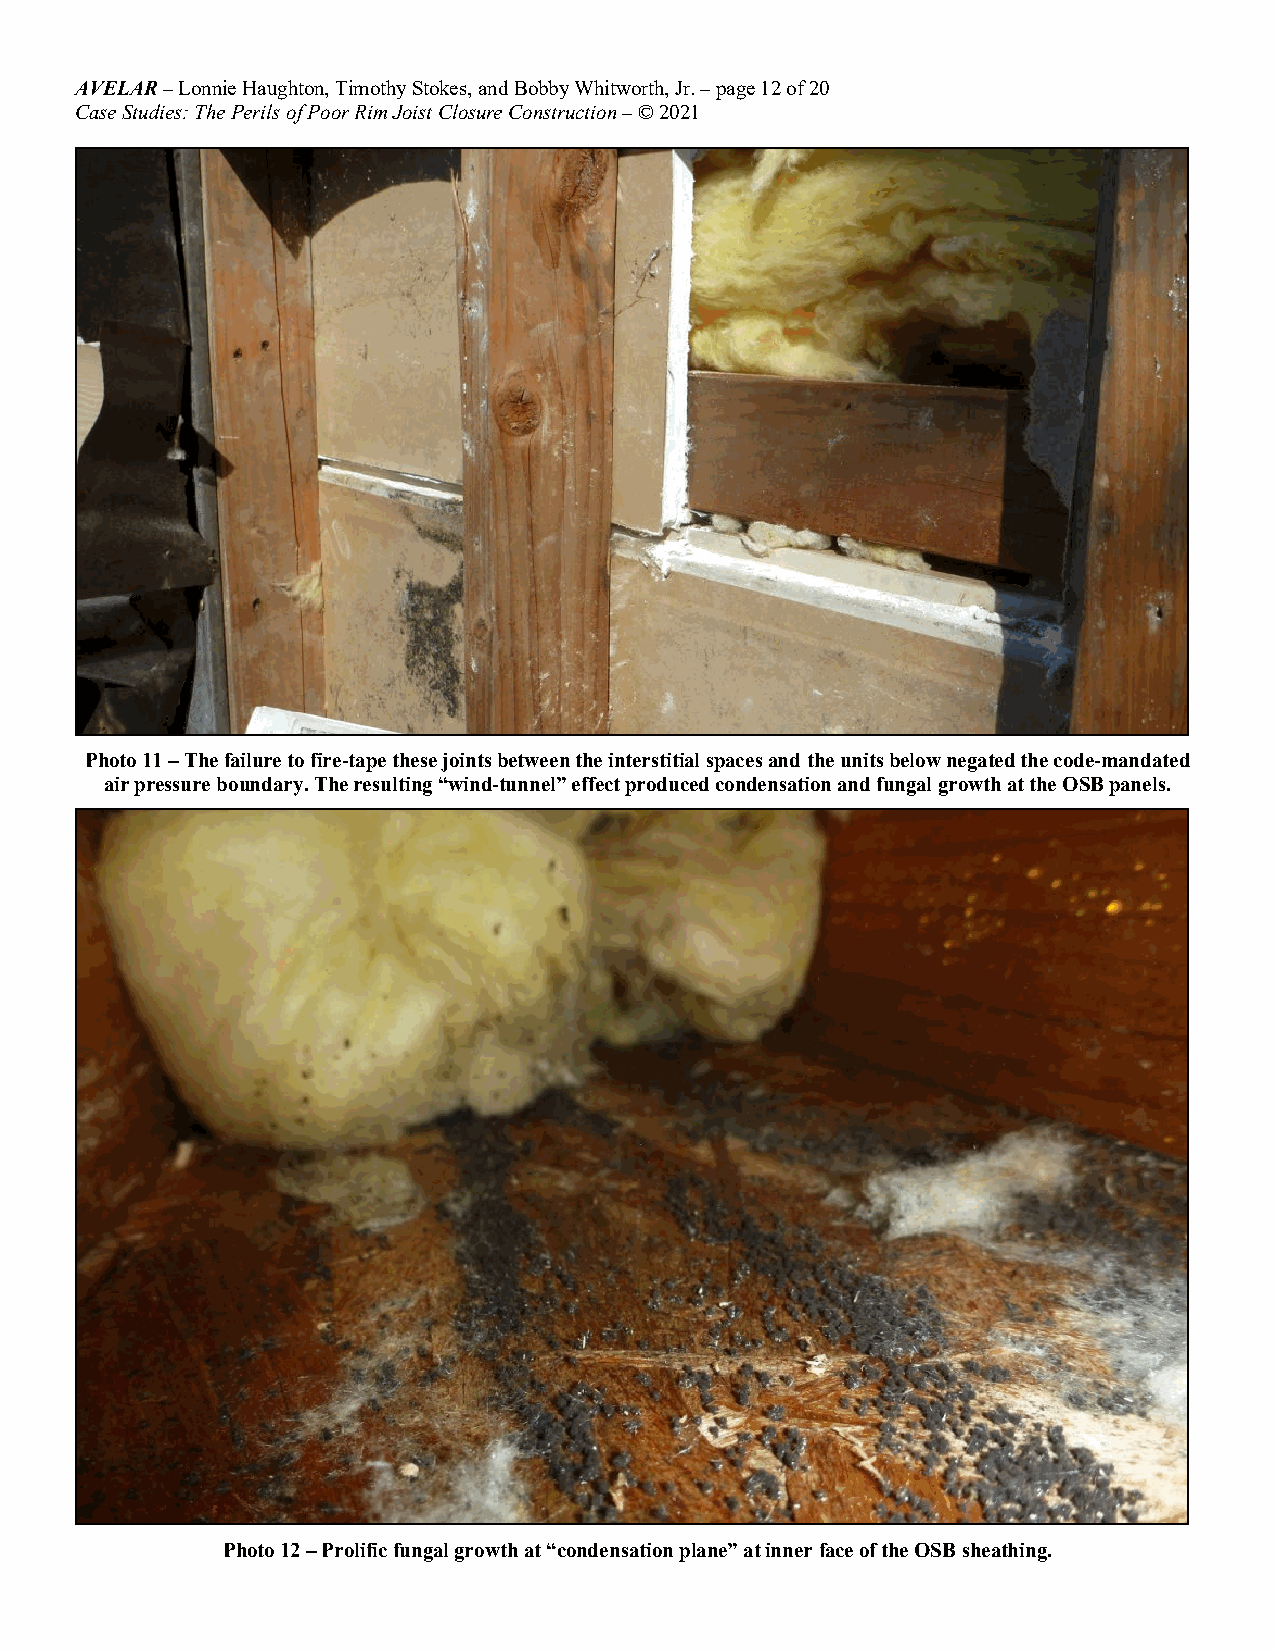
AVELAR – Lonnie Haughton, Timothy Stokes, and Bobby Whitworth, Jr. – page 12 of 20
 Case Studies: The Perils of Poor Rim Joist Closure Construction – © 2021
 Photo 11 – The failure to fire-tape these joints between the interstitial spaces and the units below negated the code-mandated
 air pressure boundary. The resulting “wind-tunnel” effect produced condensation and fungal growth at the OSB panels.
 Photo 12 – Prolific fungal growth at “condensation plane” at inner face of the OSB sheathing.